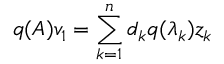
q ( A ) v _ { 1 } = \sum _ { k = 1 } ^ { n } d _ { k } q ( \lambda _ { k } ) z _ { k }